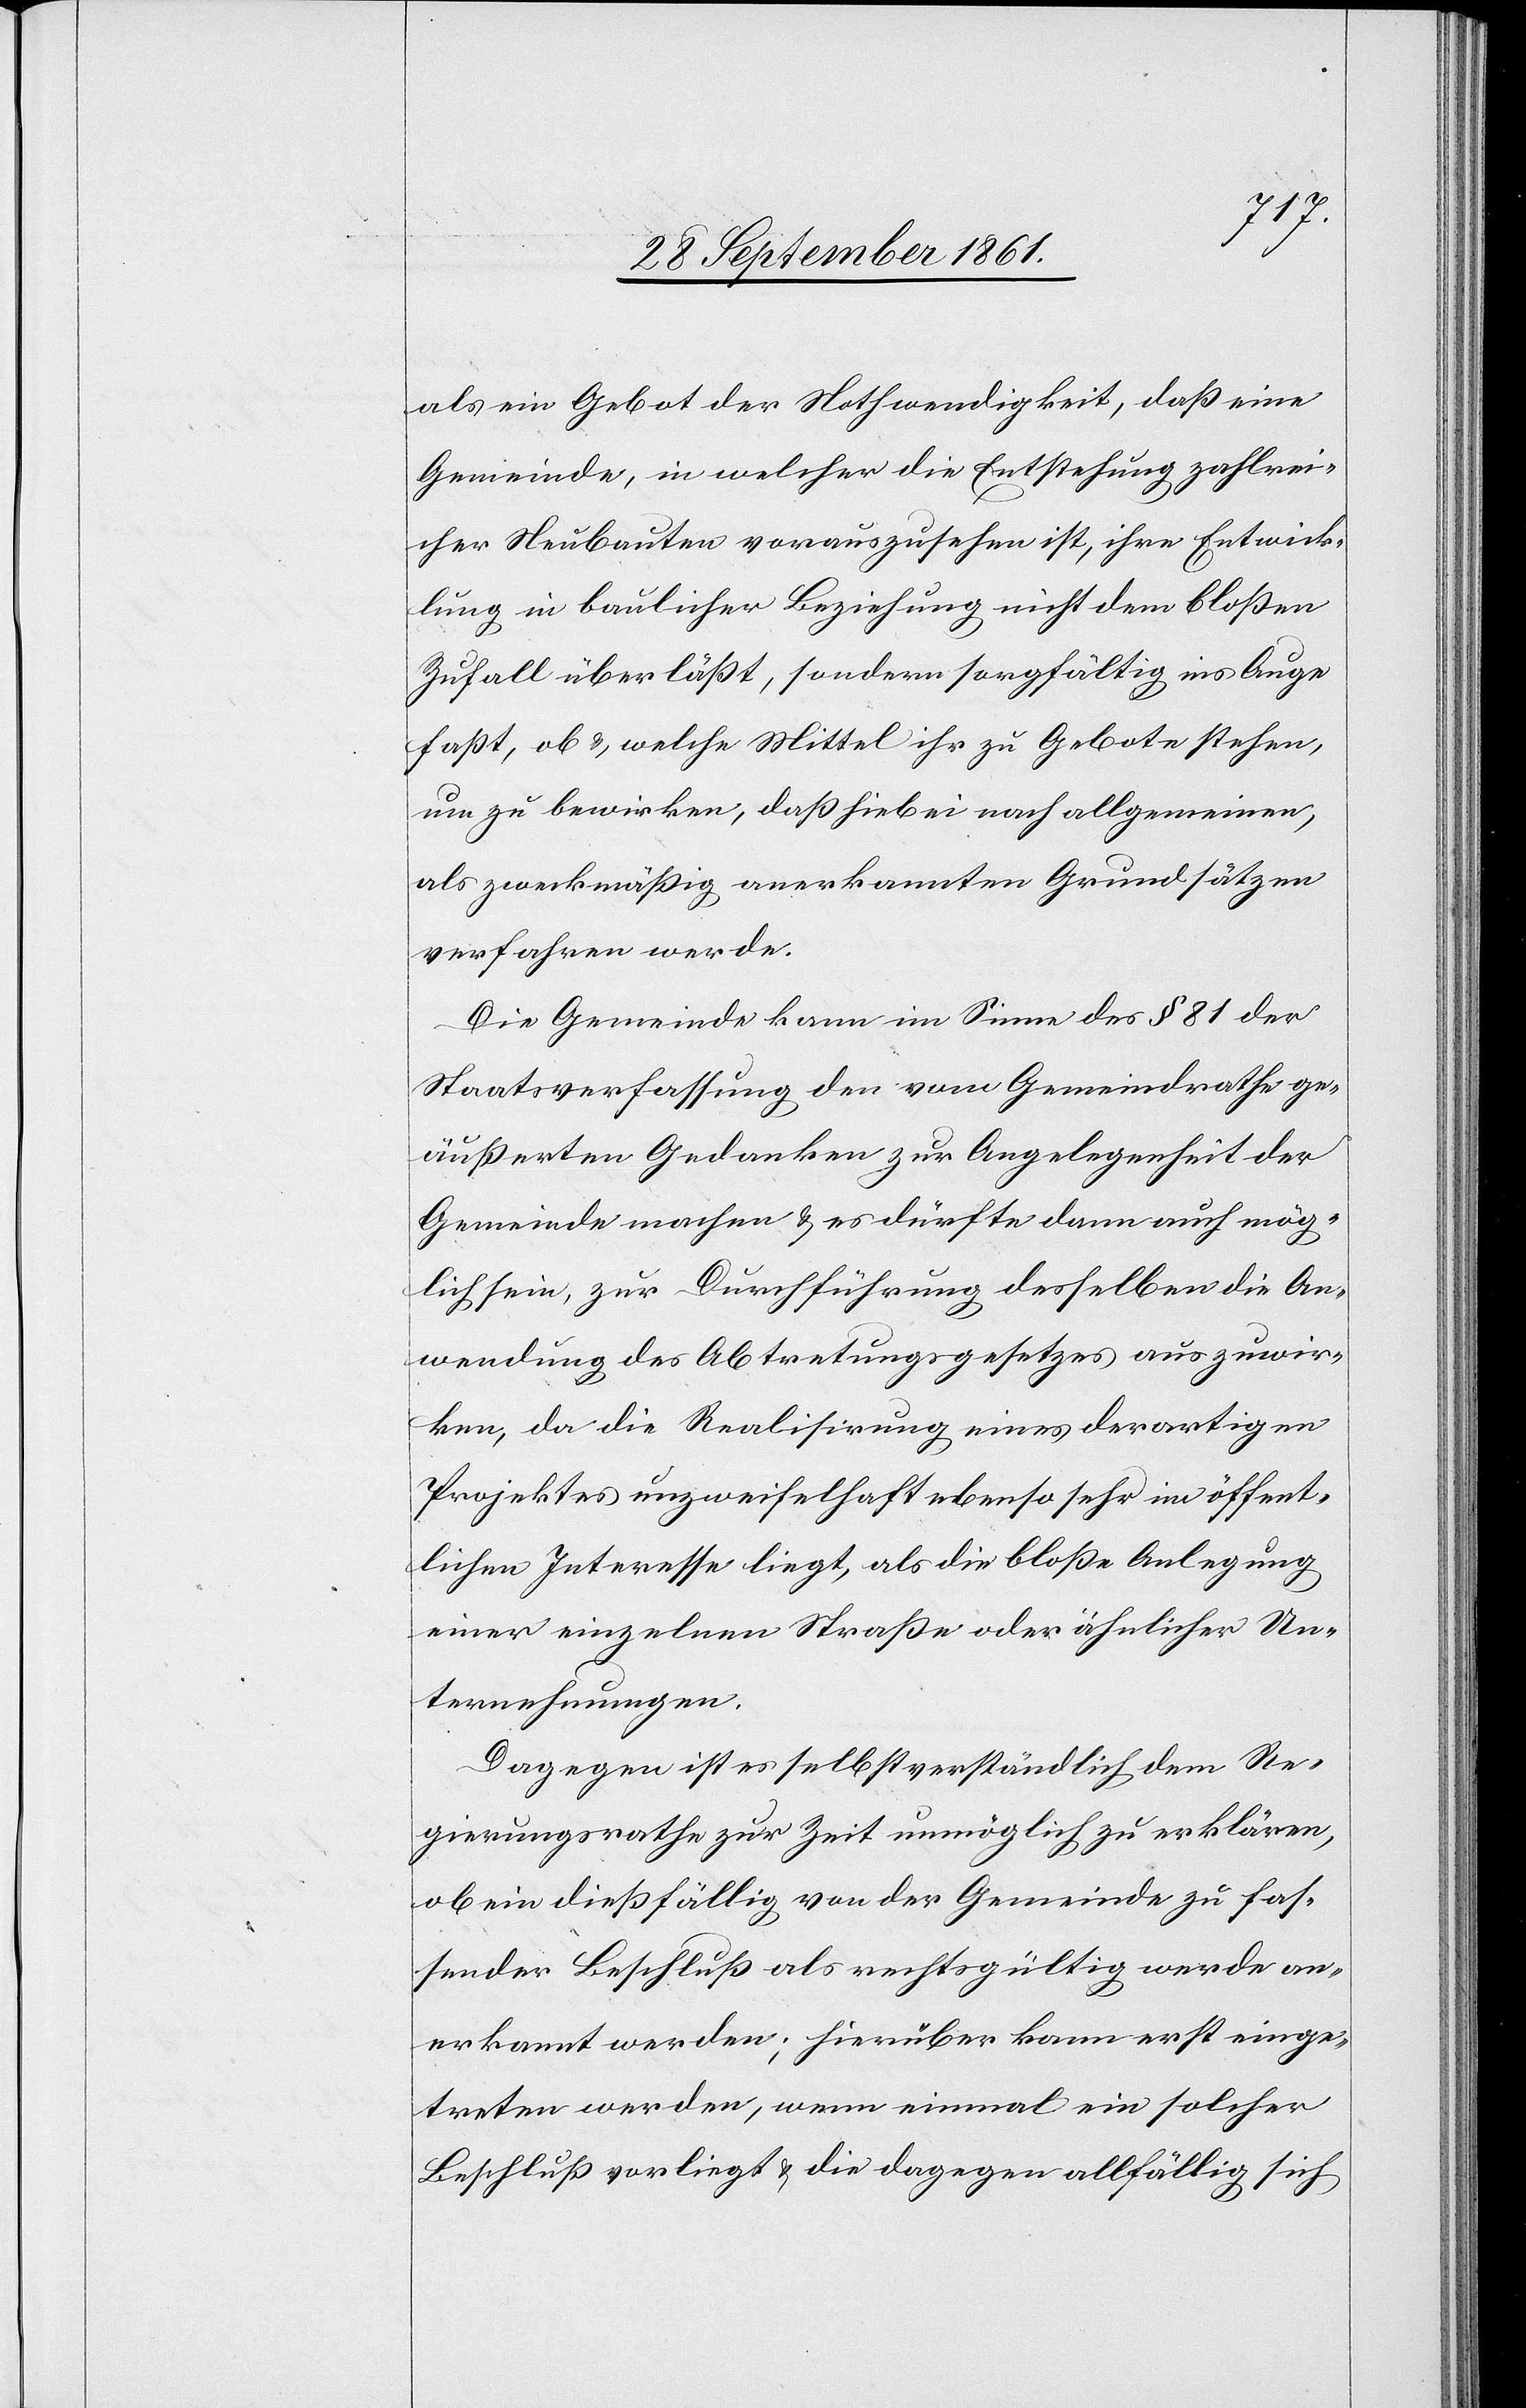
als ein Gebot der Nothwendigkeit, daß eine
Gemeinde, in welcher die Entstehung zahlrei¬
cher Neubauten vorauszusehen ist, ihre Entwick¬
lung in baulicher Beziehung nicht dem bloßen
Zufall überläßt, sondern sorgfältig ins Auge
faßt, ob u. welche Mittel ihr zu Gebote stehen,
um zu bewirken, daß hiebei nach allgemeinen,
als zweckmäßig anerkannten Grundsätzen
verfahren werde.
Die Gemeinde kann im Sinne des § 81 der
Staatsverfassung den vom Gemeindrathe ge¬
äußerten Gedanken zur Angelegenheit der
Gemeinde machen u. es dürfte dann auch mög¬
lich sein, zur Durchführung desselben die An¬
wendung des Abtretungsgesetzes auszuwir¬
ken, da die Realisierung eines derartigen
Projektes unzweifelhaft ebenso sehr im öffent¬
lichen Interesse liegt, als die bloße Anlegung
einer einzelnen Straße oder ähnlicher Un¬
ternehmungen.
Dagegen ist es selbstverständlich dem Re¬
gierungsrathe zur Zeit unmöglich zu erklären,
ob ein dießfällig von der Gemeinde zu fas¬
sender Beschluß als rechtsgültig werde an¬
erkannt werden; hierüber kann erst einge¬
treten werden, wenn einmal ein solcher
Beschluß vorliegt u. die dagegen allfällig sich